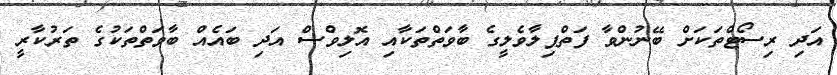
އަދި ރިސޯޓްތަކަށް ބޭނުންވާ ފަތްޕިލާވެލީގެ ބާވަތްތަކާއި އޮލިވްސް އަދި ބައެއް ބާވަތްތަކުގެ ތަރުކާރީ